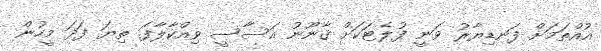
އުއްތަމަށް ފަނޑިޔާރު ވަނީ ފުލެޓަކަށް ޤާނޫނު އަސާސީ ވިއްކާލާފަ. ތިޔަ ފަދަ މީހުން